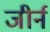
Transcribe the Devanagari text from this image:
जीर्न